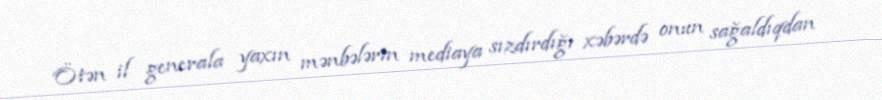
Ötən il generala yaxın mənbələrin mediaya sızdırdığı xəbərdə onun sağaldıqdan